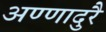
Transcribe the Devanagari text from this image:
अण्णादुरै